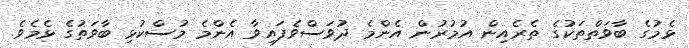
ޅެމުގެ ބާވަތްތަކުގެ ތެރެއިން އުމުރުން އެންމެ ދުވަސްވެފައިވާ އެންމެ މުސްކުޅި ބާވަތުގެ ޅެމެވެ.